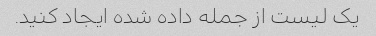
یک لیست از جمله داده شده ایجاد کنید.